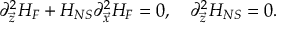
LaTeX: \partial _ { \vec { z } } ^ { 2 } H _ { F } + H _ { N S } \partial _ { \vec { x } } ^ { 2 } H _ { F } = 0 , \ \ \ \partial _ { \vec { z } } ^ { 2 } H _ { N S } = 0 .